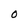
Character: O